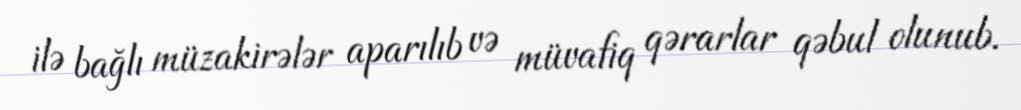
ilə bağlı müzakirələr aparılıb və müvafiq qərarlar qəbul olunub.